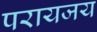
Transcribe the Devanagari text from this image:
परायजय